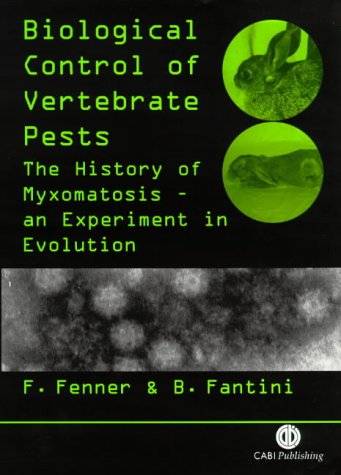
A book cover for Biological Control of Vertebrate Pests: The History of Myxomatosis - an Experiment in Evolution (Cabi); CABI; Medical Books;